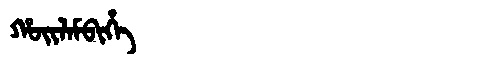
Manchu: ᡥᠣᡳᠯᠠᠮᠪᡳᡥᡝ
Romanization: HOILAMBIHE